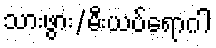
သားဖွား/မီးယပ်ရောဂါ